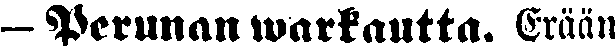
- Perunan warkautta. Erään